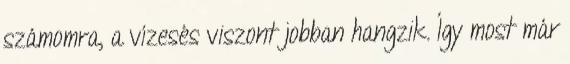
számomra, a vízesés viszont jobban hangzik. Így most már